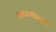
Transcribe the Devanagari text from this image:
आठवणीमध्ये